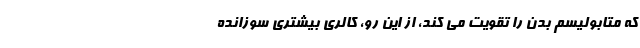
که متابولیسم بدن را تقویت می کند، از این رو، کالری بیشتری سوزانده